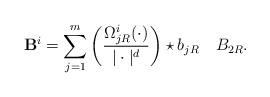
LaTeX: \begin{align*}\mathbf{B}^i=\sum_{j=1}^{m}\left(\frac{\Omega_{jR}^i(\cdot)}{|\cdot|^{d}}\right)\star b_{jR}~~~B_{2R}. \end{align*}